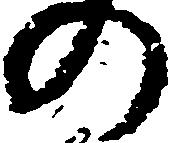
の